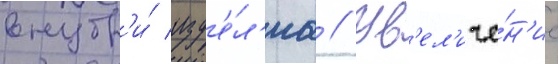
внутр'и́ изд'е́л'иа // Ув'ел'иче́н'ие